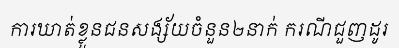
ការឃាត់ខ្លួនជនសង្ស័យចំនួន២នាក់ ករណីជួញដូរ